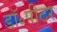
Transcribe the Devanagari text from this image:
डॉ॰पीटर